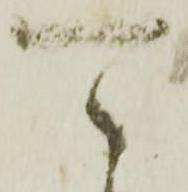
可